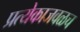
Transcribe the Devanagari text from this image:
प्रत्येकाजवळच